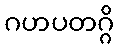
ဂဟပတဂ္ဂိ